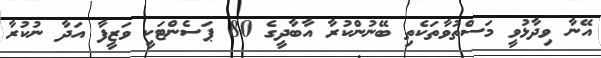
އޭނާ ވިދާޅުވީ މަސްތުވާތަކެތި ބޭނުންކުރާ އާބާދީގެ 80 ޕަސެންޓަކީ ވަޒީފާ އަދާ ނުކުރާ